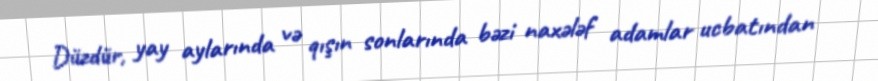
Düzdür, yay aylarında və qışın sonlarında bəzi naxələf adamlar ucbatından